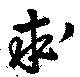
求